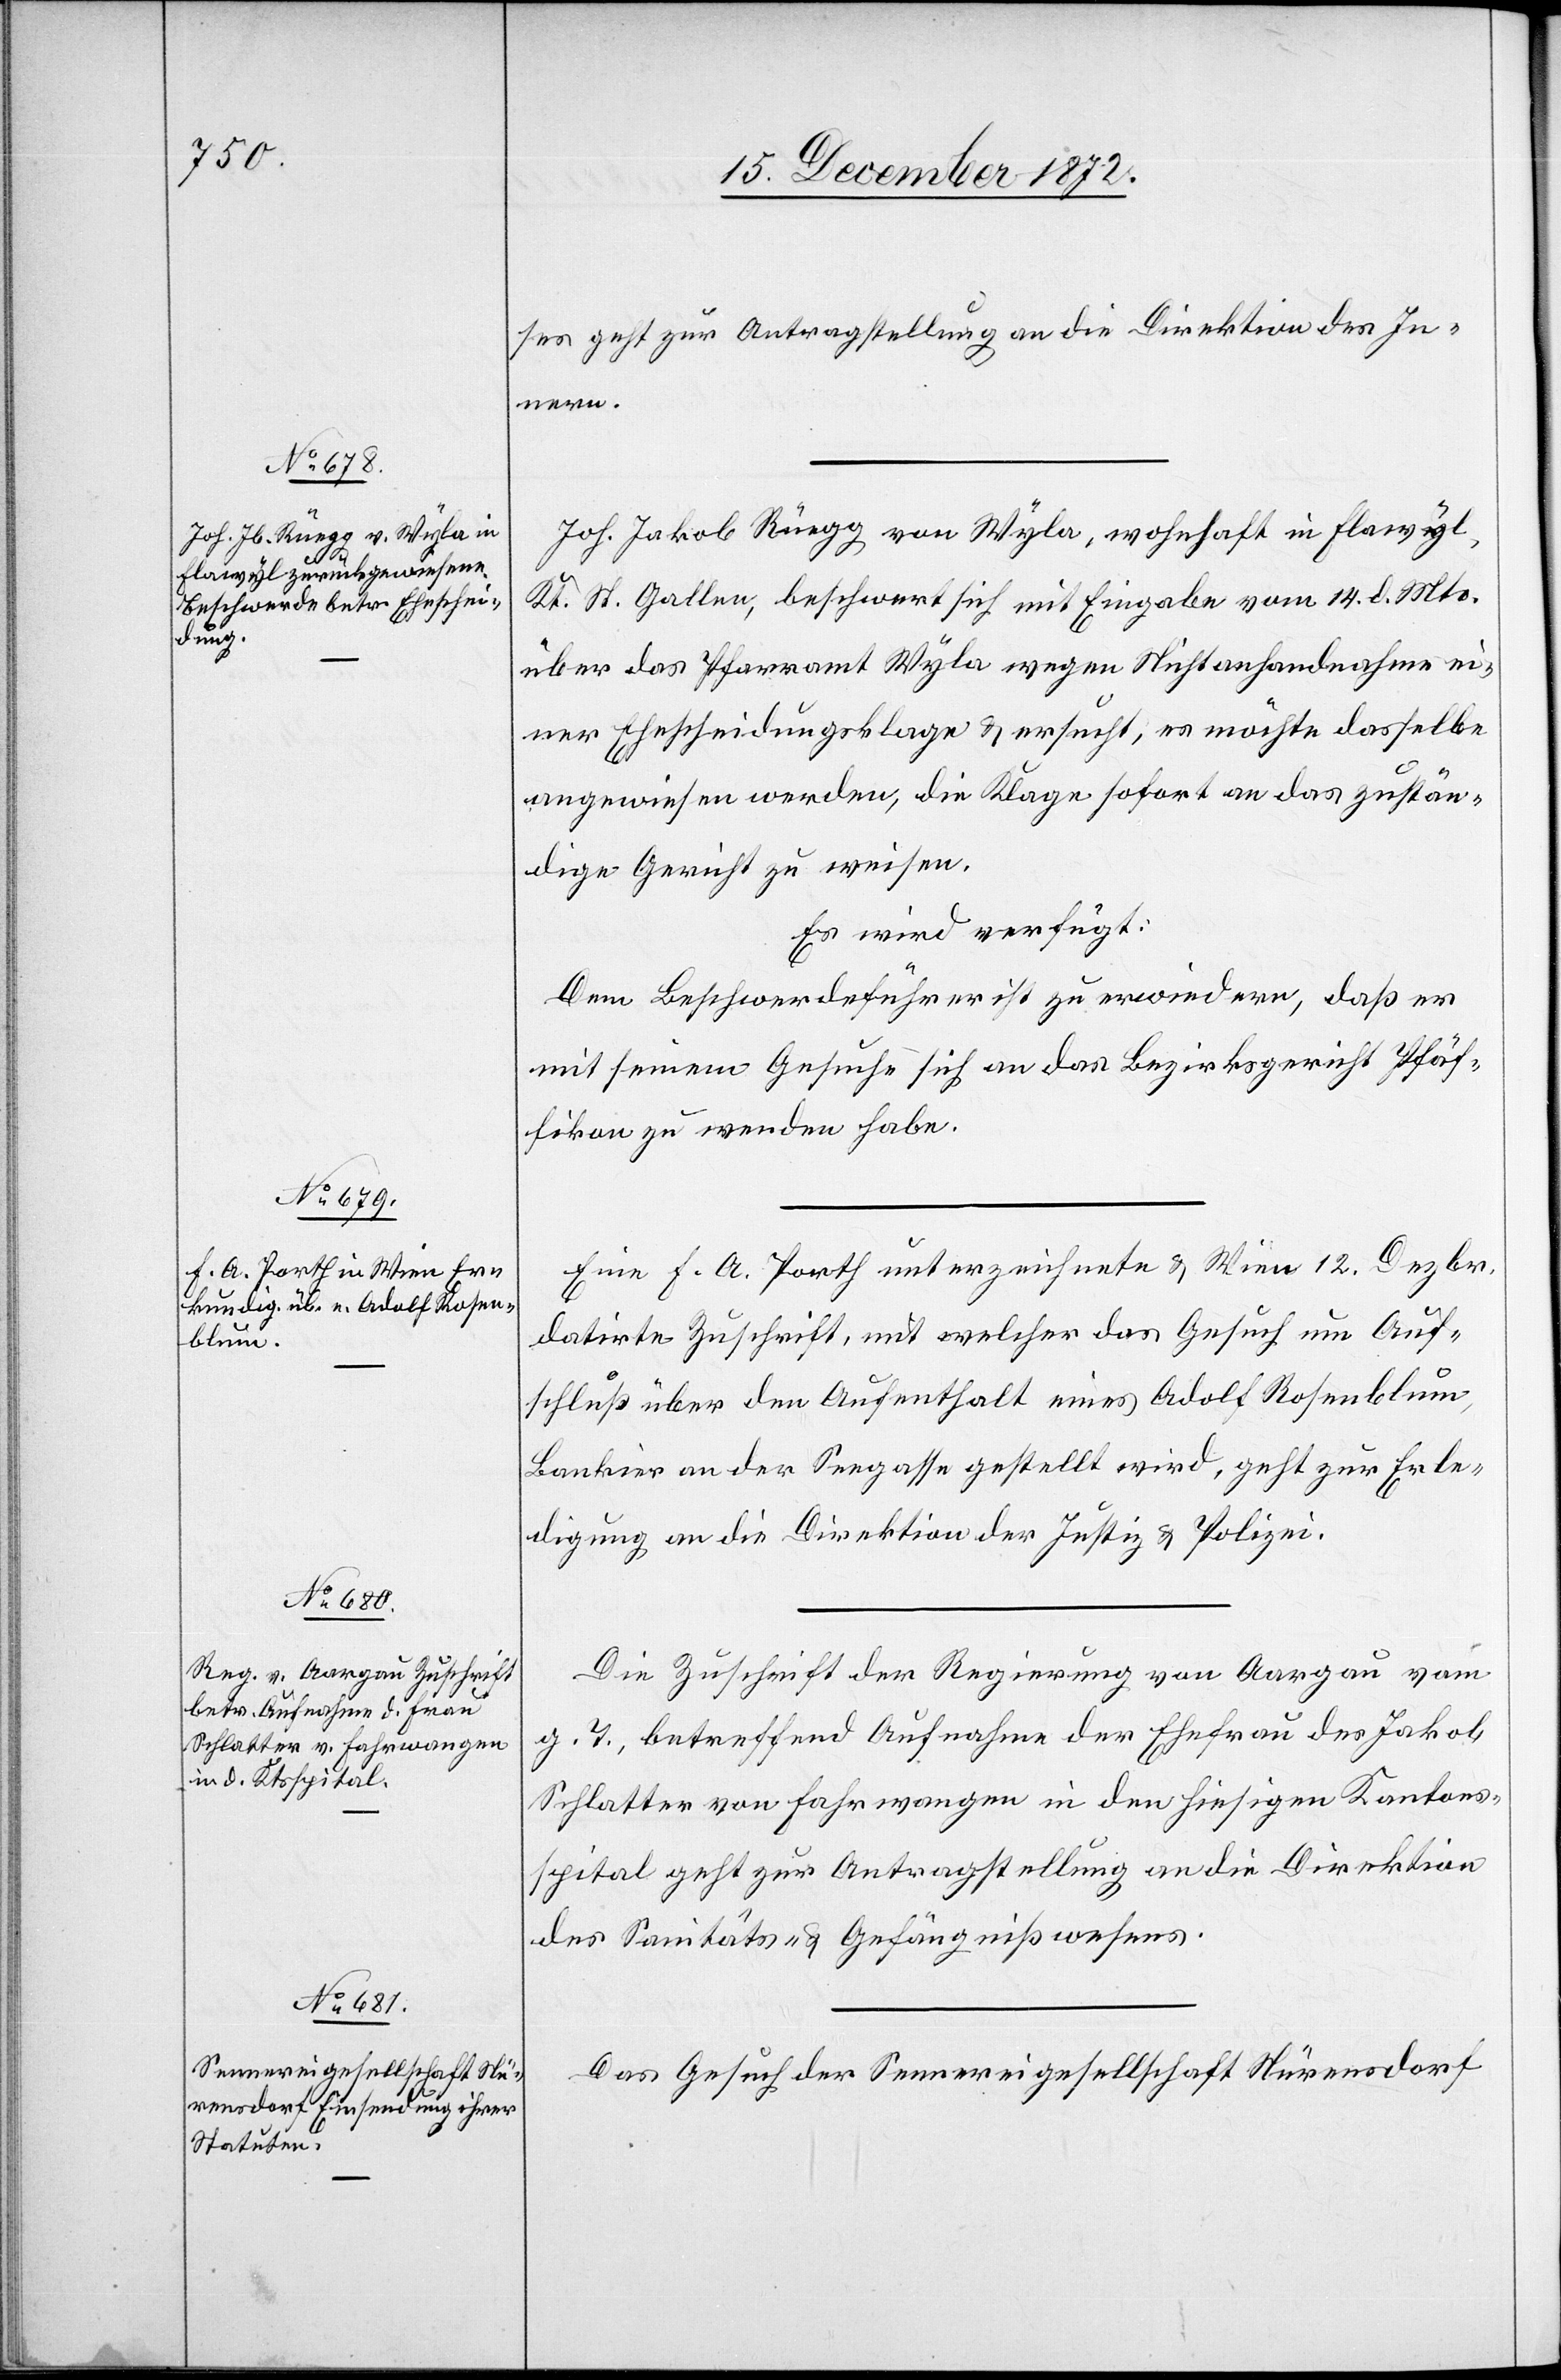
17. December 1872.]
ses geht zur Antragstellung an die Direktion des In¬
nern.
Joh. Jakob Rüegg von Wyla, wohnhaft in Flawyl,
Kt. St. Gallen, beschwert sich mit Eingabe vom 14. d. Mts.
über das Pfarramt Wyla wegen Nichtanhandnahme ei¬
ner Ehescheidungsklage u. ersucht, es möchte dasselbe
angewiesen werden, die Klage sofort an das zustän¬
dige Gericht zu weisen.
Es wird verfügt:
Dem Beschwerdeführer ist zu erwiedern, daß er
mit seinem Gesuche sich an das Bezirksgericht Pfäf¬
fikon zu wenden habe.
[von] F. A. Porth unterzeichnete u. Wien 12. Dezbr.
datirte Zuschrift [sic!], mit welcher das Gesuch um Auf¬
schluß über den Aufenthalt eines Adolf Rosenblum,
Banker an der Seegasse gestellt wird, geht zur Erle¬
digung an die Direktion der Justiz u. Polizei.
Die Zuschrift der Regierung von Aargau vom
g. T. betreffend Aufnahme der Ehefrau des Jakob
Schlatter von Fahrwangen in den hiesigen Kantons¬
spital geht zur Antragstellung an die Direktion
des Sanitäts- u. Gefängnißwesens.
Das Gesuch der Sennereigesellschaft Nürensdorf